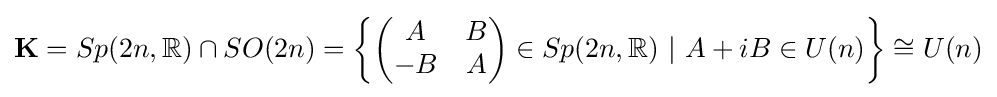
\mathbf {K} =Sp(2n,\mathbb {R} )\cap SO(2n)=\left\{{\begin{pmatrix}A&B\\-B&A\end{pmatrix}}\in Sp(2n,\mathbb {R} )\ |\ A+iB\in U(n)\right\}\cong U(n)